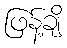
ဖြန့်ချိ